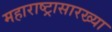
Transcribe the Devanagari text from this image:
महाराष्ट्रासारख्‍या